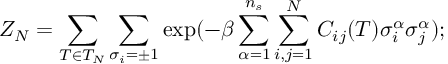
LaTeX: Z _ { N } = \sum _ { T \in { \cal { T } } _ { N } } \sum _ { \sigma _ { i } = \pm 1 } \exp ( - \beta \sum _ { \alpha = 1 } ^ { n _ { s } } \sum _ { i , j = 1 } ^ { N } C _ { i j } ( T ) \sigma _ { i } ^ { \alpha } \sigma _ { j } ^ { \alpha } ) ; \protect